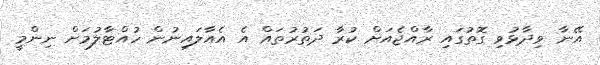
އޭނާ ވިދާޅުވި ގޮތުގައި ރާއްޖެއަށް ކުރާ ދަތުރުތައް އެ އެއާލައިނުން ހުއްޓާލުމަށް ނިންމީ